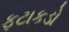
ફટાકડો